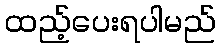
ထည့်ပေးရပါမည်